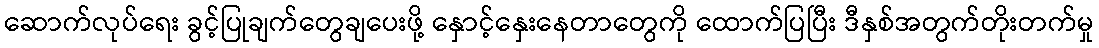
ဆောက်လုပ်ရေး ခွင့်ပြုချက်တွေချပေးဖို့ နှောင့်နှေးနေတာတွေကို ထောက်ပြပြီး ဒီနှစ်အတွက်တိုးတက်မှု